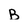
Character: B